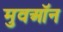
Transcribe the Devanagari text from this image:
मुवऑन